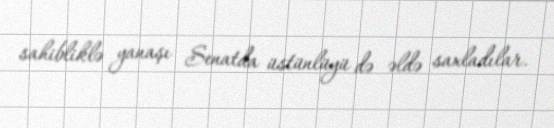
sahibliklə yanaşı Senatda üstünlüyü də əldə saxladılar.